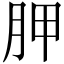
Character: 胛